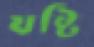
যষ্টি